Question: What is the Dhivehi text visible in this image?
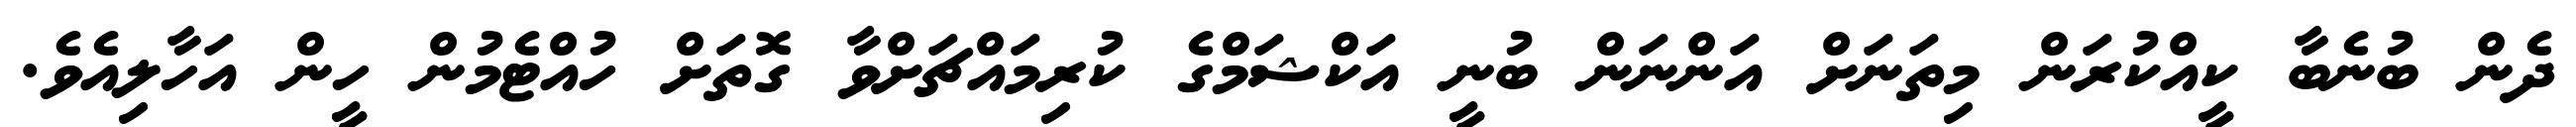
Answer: ދެން ބުނެބާ ކީއްކުރަން މިތަނަށް އަންނަން ބުނީ އަކްޝަމްގެ ކުރިމައްޗަށްވާ ގޮތަށް ހުއްޓެމުން ހީން އަހާލިއެވެ.